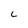
Character: C